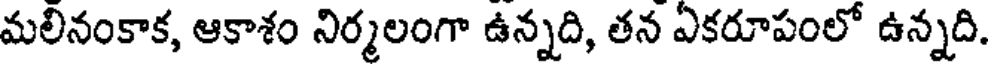
మలినంకాక, ఆకాశం నిర్మలంగా ఉన్నది, తన ఏకరూపంలో ఉన్నది.